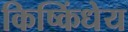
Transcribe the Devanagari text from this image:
किष्किंधेय